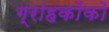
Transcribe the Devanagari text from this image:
ग्राहकोंको